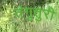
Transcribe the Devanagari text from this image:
तंगुतुरी